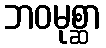
ဘဝမုစ္ဆာ